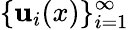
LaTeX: \{ {\mathbf{u}}_{i}(x)\} _{i=1}^{\infty}